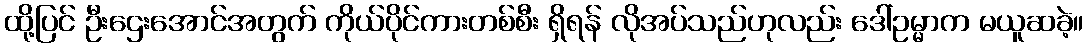
ထို့ပြင် ဦးဌေးအောင်အတွက် ကိုယ်ပိုင်ကားတစ်စီး ရှိရန် လိုအပ်သည်ဟုလည်း ဒေါ်ဥမ္မာက မယူဆခဲ့။